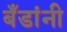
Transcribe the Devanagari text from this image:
बँडांनी